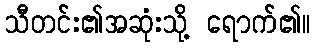
သီတင်း၏အဆုံးသို့ ရောက်၏။